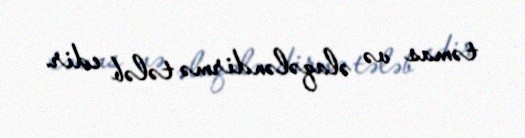
təmas və əlaqələndirmə tələb edir.